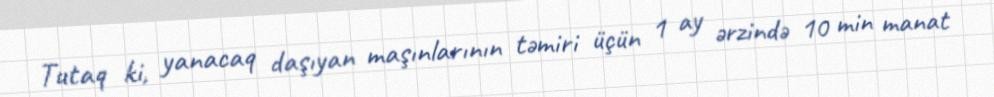
Tutaq ki, yanacaq daşıyan maşınlarının təmiri üçün 1 ay ərzində 10 min manat